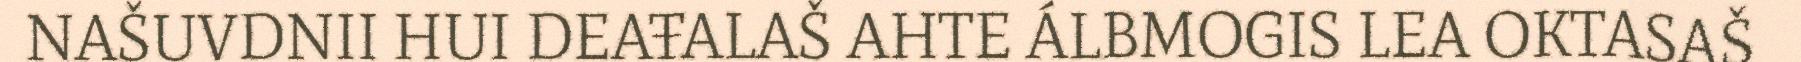
NAŠUVDNII HUI DEAŦALAŠ AHTE ÁLBMOGIS LEA OKTASAŠ